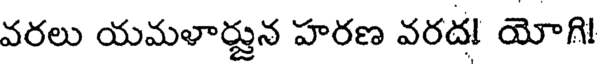
వరలు యమళార్జున హరణ వరద! యోగి!